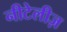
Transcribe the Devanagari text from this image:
नीटेलीज़